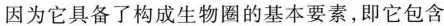
因为它具备了构成生物圈的基本要素，即它包含